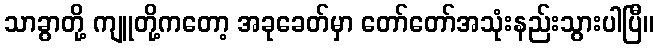
သာခွာတို့ ကျူတို့ကတော့ အခုခေတ်မှာ တော်တော်အသုံးနည်းသွားပါပြီ။